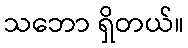
သဘော ရှိတယ်။